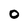
Character: O